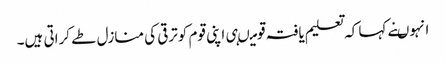
انہوںنے کہا کہ تعلیم یافتہ قومیںہی اپنی قوم کوترقی کی منازل طے کراتی ہیں۔